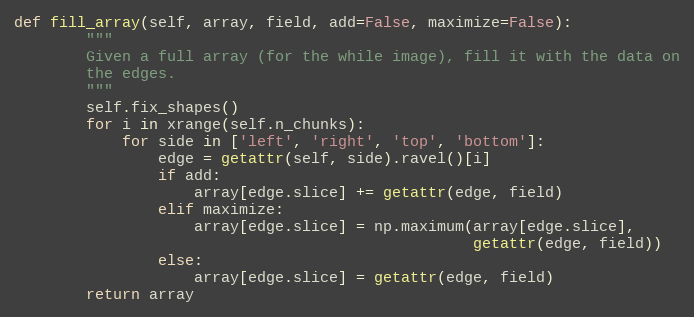
Language: Python
def fill_array(self, array, field, add=False, maximize=False):
        """
        Given a full array (for the while image), fill it with the data on
        the edges.
        """
        self.fix_shapes()
        for i in xrange(self.n_chunks):
            for side in ['left', 'right', 'top', 'bottom']:
                edge = getattr(self, side).ravel()[i]
                if add:
                    array[edge.slice] += getattr(edge, field)
                elif maximize:
                    array[edge.slice] = np.maximum(array[edge.slice],
                                                   getattr(edge, field))
                else:
                    array[edge.slice] = getattr(edge, field)
        return array